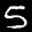
Label: 5